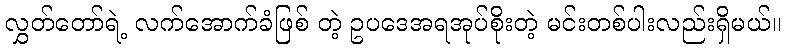
လွှတ်တော်ရဲ့ လက်အောက်ခံဖြစ် တဲ့ ဥပဒေအရအုပ်စိုးတဲ့ မင်းတစ်ပါးလည်းရှိမယ်။